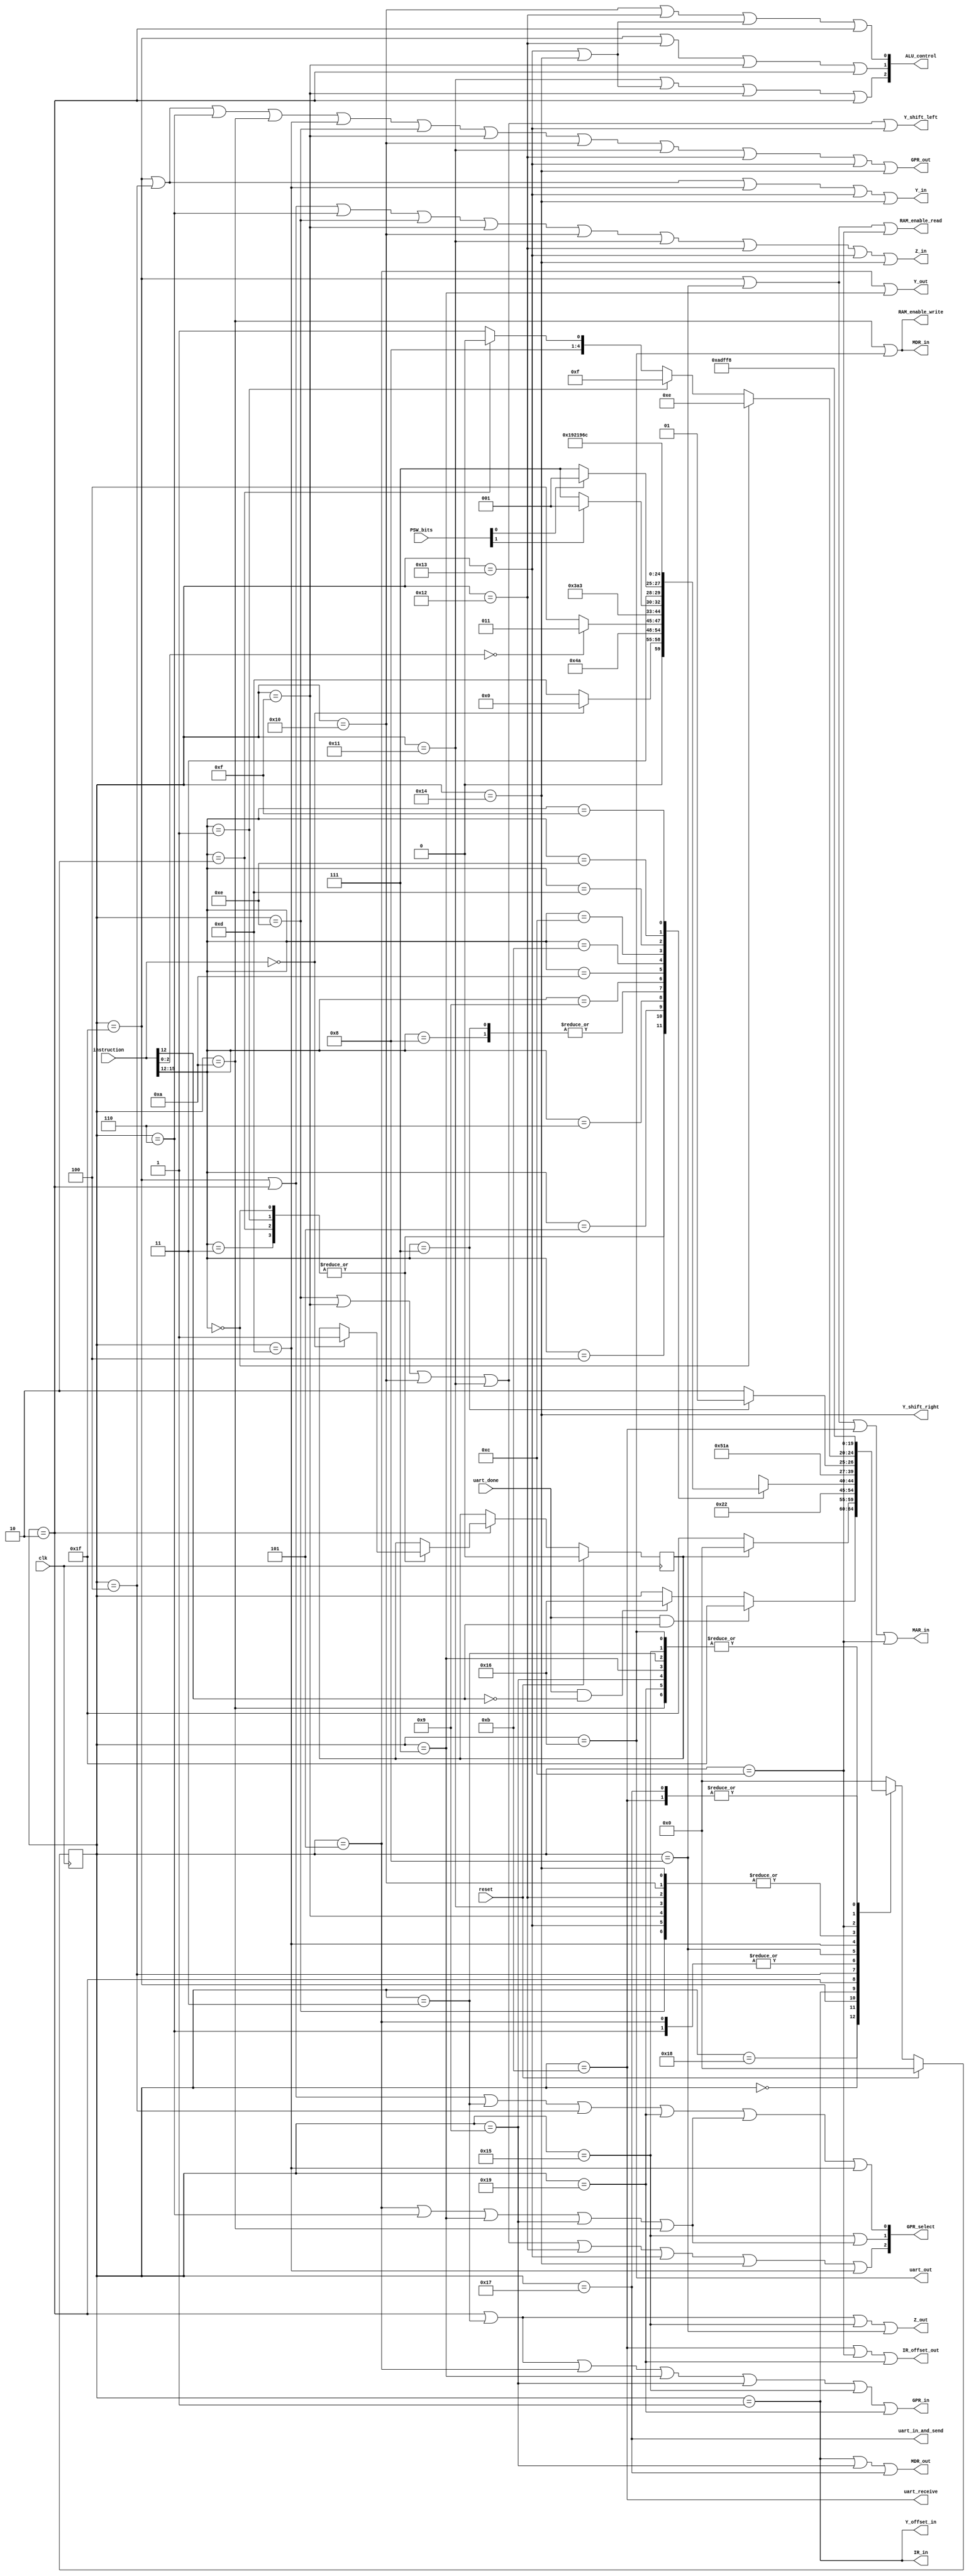
module control_unit (
    input clk,
    input reset,
    input [1:0] PSW_bits,
    input [15:0] instruction,
    input uart_done,
    output [2:0] ALU_control,
    output GPR_in,
    output GPR_out,
    output [2:0] GPR_select,
    output IR_in,
    output IR_offset_out,
    output MAR_in,
    output MDR_in,
    output MDR_out,
    output RAM_enable_read,
    output RAM_enable_write,
    output uart_in_and_send,
    output uart_out,
    output uart_receive,
    output Y_in,
    output Y_out,
    output Y_offset_in,
    output Y_shift_left,
    output Y_shift_right,
    output Z_in,
    output Z_out
);

// initialization template
/*
control_unit control_unit_inst0 (
    .clk(),
    .reset(),
    .PSW_bits(),
    .instruction(),
    .uart_done(),
    .ALU_control(),
    .GPR_in(),
    .GPR_out(),
    .GPR_select(),
    .IR_in(),
    .IR_offset_out(),
    .MAR_in(),
    .MDR_in(),
    .MDR_out(),
    .RAM_enable_read(),
    .RAM_enable_write(),
    .uart_in_and_send(),
    .uart_out(),
    .uart_receive(),
    .Y_in(),
    .Y_out(),
    .Y_offset_in(),
    .Y_shift_left(),
    .Y_shift_right(),
    .Z_in(),
    .Z_out()
);
*/

wire [3:0] opcode; wire [2:0] IR_Rs2;
assign opcode = instruction[15:12];
assign IR_Rs2 = instruction[2:0];

// all states labelled
localparam STATE_F1     = 5'h1F;
localparam STATE_F2     = 5'h1;
localparam STATE_F3     = 5'h2;
localparam STATE_E12_3       = 5'h3;
localparam STATE_E12_1       = 5'h4;
localparam STATE_E12_2       = 5'h5;
localparam STATE_E13_1       = 5'h6;
localparam STATE_E6_1       = 5'h7;
localparam STATE_E7_1       = 5'h8;
localparam STATE_E7_2       = 5'h9;
localparam STATE_E8_2       = 5'hA;
localparam STATE_E0_1       = 5'hD;
localparam STATE_E0_2       = 5'hE;
localparam STATE_E1_2       = 5'hF;
localparam STATE_E2_2       = 5'h10;
localparam STATE_E3_2       = 5'h11;
localparam STATE_E4_1       = 5'h12;
localparam STATE_D5A       = 5'h13;
localparam STATE_D5B       = 5'h14;
localparam STATE_E0_3       = 5'h15;
localparam STATE_IDLE       = 5'h0;
localparam STATE_E14_1 = 5'hB;
localparam STATE_E15_1 = 5'hC;
localparam STATE_E14_3 = 5'h16;
localparam STATE_E15_2 = 5'h17;
localparam STATE_E14OR15_WAIT = 5'h18;
localparam STATE_E9_1 = 5'h19;

// remaining possible states
//localparam  = 5'h1A;
//localparam  = 5'h1B;
//localparam  = 5'h1C;
//localparam  = 5'h1D;
//localparam  = 5'h1E;

// used to store the current state of the control unit
reg [4:0] state;

// put processor in infinite loop once this flag goes high
reg done_flag;

// used to differentiate if sending or receiving with uart, is high if receiving
wire r_x;
assign r_x = ~opcode[0];  // is high when opcode matches rx instruction (1110), low when tx instruction (1111)

// inbetween wires that will be combined into GPR_select and ALU_select
wire GPR_select_0; wire GPR_select_PC;
wire GPR_select_Rd_1; wire GPR_select_Rd_2; 
wire GPR_select_Rs1; wire GPR_select_Rs2; 
wire ALU_add; wire ALU_and;
wire ALU_inc_Y_1; wire ALU_invert_bus_input;
wire ALU_or; wire ALU_pass_Y;
wire ALU_subtract; wire ALU_add_decrement;

// give PSW bits readable names
wire CC_N; wire CC_Z;
assign CC_Z = PSW_bits[0];
assign CC_N = PSW_bits[1];

always @ (posedge clk) begin
    // On reset, return to idle state
    if (reset == 1'b1) begin
        state <= STATE_IDLE;
        done_flag <= 0;
        
    // Define the state transitions
    end else begin
        case (state)
            STATE_E14OR15_WAIT: begin
                if (uart_done & ~r_x) begin
                    state <= STATE_F1;
                end else if (uart_done & r_x) begin
                    state <= STATE_E14_3;
                end
            end

            STATE_IDLE: begin
                if (done_flag) begin
                    state <= STATE_IDLE;
                end else begin
                    state <= STATE_F1;
                end
            end

            STATE_F1: state <= STATE_F2;

            STATE_F2: state <= STATE_F3;

            STATE_F3: begin
                case (opcode)
                    0, 1, 2, 3: begin
                        if (instruction == 16'b0000000000000000) begin
                            state <= STATE_IDLE;
                            done_flag <= 1;
                        end else begin
                            state <= STATE_E0_1;
                        end
                    end

                    4: state <= STATE_E4_1;

                    5: begin
                        if (IR_Rs2 == 0) begin
                            state <= STATE_D5A;
                        end else begin
                            state <= STATE_D5B;
                        end
                    end

                    6: state <= STATE_E6_1;
                    7, 8: state <= STATE_E7_1;

                    9: begin
                        if (CC_N) state <= STATE_E9_1;
                        else state <= STATE_F1;
                    end

                    10: begin
                        if (CC_Z) state <= STATE_E9_1;
                        else state <= STATE_F1;
                    end

                    11: state <= STATE_E9_1;
                    12: state <= STATE_E12_1;
                    13: state <= STATE_E13_1;
                    14: state <= STATE_E14_1;
                    15: state <= STATE_E15_1;

                    default: state <= STATE_F1;
                endcase
            end
            
            STATE_E12_3,
            STATE_E6_1,
            STATE_E7_2,
            STATE_E8_2,
            STATE_E0_3,
            STATE_E9_1: begin
                state <= STATE_F1;
            end

            STATE_E12_1: state <= STATE_E12_2;

            STATE_E12_2,
            STATE_E13_1: state <= STATE_E12_3;

            STATE_E7_1: begin
                if (opcode == 7) begin
                    state <= STATE_E7_2;
                end else begin // opcode = 8
                    state <= STATE_E8_2;
                end
            end

            STATE_E0_1: begin
                if (opcode == 0) begin
                    state <= STATE_E0_2;
                end else if (opcode == 1) begin
                    state <= STATE_E1_2;
                end else if (opcode == 2) begin
                    state <= STATE_E2_2;
                end else begin // opcode == 3
                    state <= STATE_E3_2;
                end 
            end

            STATE_E0_2,
            STATE_E1_2,
            STATE_E2_2,
            STATE_E3_2,
            STATE_E4_1,
            STATE_D5A,
            STATE_D5B: state <= STATE_E0_3;

            STATE_E14_1: begin
                state <= STATE_E14OR15_WAIT;
            end 
            STATE_E15_1: state <= STATE_E15_2;
            STATE_E14_3: state <= STATE_F1;
            STATE_E15_2: begin 
                state <= STATE_E14OR15_WAIT;
            end
            
            // Go to initial fetch if in unknown state
            default: state <= STATE_IDLE;
        endcase
    end
end

// assign control signals 
assign ALU_add = (state == STATE_E13_1 || state == STATE_E0_2);
assign ALU_and = (state == STATE_E2_2);
assign ALU_inc_Y_1 = (state == STATE_F1);
assign ALU_invert_bus_input = (state == STATE_E4_1);
assign ALU_or = (state == STATE_E3_2);
assign ALU_pass_Y = (state == STATE_D5A || state == STATE_D5B);
assign ALU_subtract = (state == STATE_E1_2);
assign ALU_add_decrement = (state == STATE_F3);
// con_ROM_out is an unused control signal!
assign GPR_in = (state == STATE_F3 || state == STATE_E12_3 || state == STATE_E12_2 || state == STATE_E6_1 || state == STATE_E7_2 || state == STATE_E0_3 || state == STATE_E9_1);
assign GPR_out = (state == STATE_F1 || state == STATE_E12_1 || state == STATE_E13_1 || state == STATE_E8_2 || state == STATE_E0_1 || state == STATE_E0_2 || state == STATE_E1_2 || state == STATE_E2_2 || state == STATE_E3_2 || state == STATE_E4_1 || state == STATE_D5A || state == STATE_D5B);
// GPR_select_0 is an unused control signal!
assign GPR_select_PC = (state == STATE_F1 || state == STATE_F3 || state == STATE_E12_3 || state == STATE_E12_1 || state == STATE_E9_1);
assign GPR_select_Rd_1 = (state == STATE_E0_3);
assign GPR_select_Rd_2 = (state == STATE_E12_2 || state == STATE_E13_1 || state == STATE_E6_1 || state == STATE_E7_2 || state == STATE_E8_2);
assign GPR_select_Rs1 = (state == STATE_E0_2 || state == STATE_E1_2 || state == STATE_E2_2 || state == STATE_E3_2 || state == STATE_E4_1 || state == STATE_D5A || state == STATE_D5B);
assign GPR_select_Rs2 = (state == STATE_E0_1);
assign IR_in = (state == STATE_F2);
assign IR_offset_out = (state == STATE_E14_1 || state == STATE_E15_1 || state == STATE_E9_1);
assign MAR_in = (state == STATE_F1 || state == STATE_E7_1 || state == STATE_E14_1 || state == STATE_E15_1);
assign MDR_in = (state == STATE_E8_2 || state == STATE_E14_3);
assign MDR_out = (state == STATE_F2 || state == STATE_E7_2 || state == STATE_E15_2);
// PSW_in is an unused control signal!
// PSW_out is an unused control signal!
assign uart_in_and_send = state == STATE_E15_2;
assign uart_out = state == STATE_E14_3;
assign uart_receive = state == STATE_E14_1;
assign RAM_enable_read = (state == STATE_F1 || state == STATE_E7_1 || state == STATE_E15_1);
assign RAM_enable_write = (state == STATE_E8_2 || state == STATE_E14_3);
assign Y_in = (state == STATE_F1 || state == STATE_E12_1 || state == STATE_E0_1 || state == STATE_D5A || state == STATE_D5B);
assign Y_out = (state == STATE_E12_2 || state == STATE_E6_1);
assign Y_offset_in = (state == STATE_F2);
assign Y_shift_left = (state == STATE_E0_2 || state == STATE_E1_2 || state == STATE_E2_2 || state == STATE_E3_2 || state == STATE_D5A);
assign Y_shift_right = (state == STATE_D5B);
assign Z_in = (state == STATE_F1 || state == STATE_F3 || state == STATE_E13_1 || state == STATE_E0_2 || state == STATE_E1_2 || state == STATE_E2_2 || state == STATE_E3_2 || state == STATE_E4_1 || state == STATE_D5A || state == STATE_D5B);
assign Z_out = (state == STATE_F3 || state == STATE_E12_3 || state == STATE_E0_3 || state == STATE_E7_1);

// combine ALU and GPR assignments, priority encode them
assign ALU_control[2] = (ALU_or | ALU_pass_Y | ALU_subtract | ALU_add_decrement);
assign ALU_control[1] = (ALU_inc_Y_1 | ALU_invert_bus_input | ALU_subtract | ALU_add_decrement);
assign ALU_control[0] = (ALU_and | ALU_invert_bus_input | ALU_pass_Y | ALU_add_decrement);
assign GPR_select[2] = (GPR_select_Rs1 | GPR_select_Rs2);
assign GPR_select[1] = (GPR_select_Rd_1 | GPR_select_Rd_2);
assign GPR_select[0] = (GPR_select_PC | GPR_select_Rd_2 | GPR_select_Rs2);

endmodule